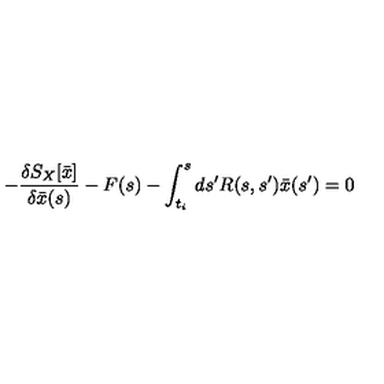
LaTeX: - { \frac { \delta S _ { X } [ \bar { x } ] } { \delta \bar { x } ( s ) } } - F ( s ) - \int _ { t _ { i } } ^ { s } d s ^ { \prime } R ( s , s ^ { \prime } ) \bar { x } ( s ^ { \prime } ) = 0